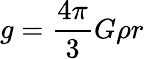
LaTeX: g={\frac{4\pi}{3}}G\rho r